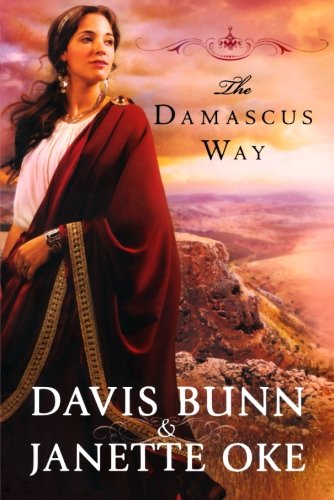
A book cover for The Damascus Way (Acts of Faith Series, Book 3); Janette Oke; Literature & Fiction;